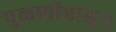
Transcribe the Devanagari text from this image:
पुळणीपासून